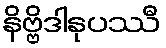
နိဗ္ဗိဒါနုပဿီ